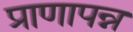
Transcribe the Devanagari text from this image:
प्राणापन्न